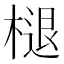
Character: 𣗔